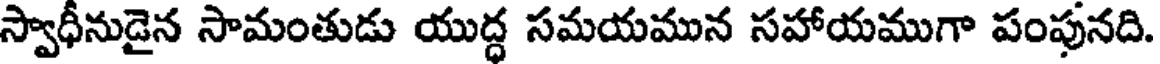
స్వాధీనుడైన సామంతుడు యుద్ధ సమయమున సహాయముగా పంపునది